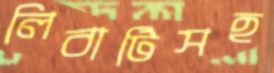
লিবার্টিসহ